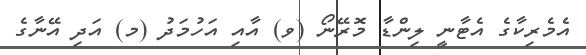
އެމެރިކާގެ އެޓާނީ ލިންޑާ މޮރޭނޯ (ވ) އާއި އަހުމަދު (މ) އަދި އޭނާގެ